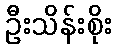
ဦးသိန်းစိုး